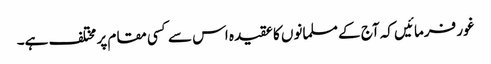
غور فرمائیں کہ آج کے مسلمانوں کا عقیدہ اس سے کسی مقام پر مختلف ہے۔